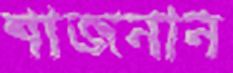
শাজনান